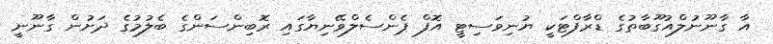
އާ ގާނޫނުލްއުގޫބާތުގެ ޑްރާފްޓަކީ ޔުނިވަސިޓީ އޮފް ޕެންސެލްވޭނިޔާގައި ރޮބިންސަންގެ ބެލުމުގެ ދަށުން ގާނޫނީ